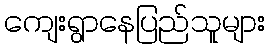
ကျေးရွာနေပြည်သူများ